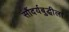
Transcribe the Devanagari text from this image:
सौंदर्यबुद्धीला